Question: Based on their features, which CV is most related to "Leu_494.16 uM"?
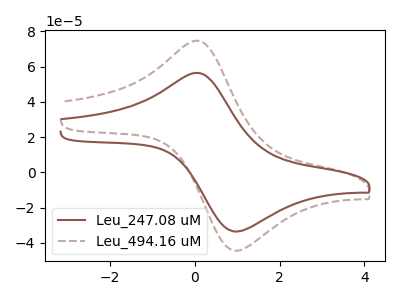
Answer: <think>The brown curve "Leu_247.08 uM" has an anodic peak at (0.05V, 56.45uA) and a cathodic peak at (0.95V, -33.65uA). The brown dashed curve "Leu_494.16 uM" has an anodic peak at (0.05V, 74.75uA) and a cathodic peak at (0.95V, -44.55uA).
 All the peaks in "Leu_247.08 uM" have a peak in "Leu_494.16 uM" at the same potential. Every peak in "Leu_247.08 uM" is lower than every peak in "Leu_494.16 uM".</think>
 <answer>The CV with the most similar shape to "Leu_247.08 uM" is "Leu_494.16 uM".</answer>
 <eval>"Leu_494.16 uM"</eval>